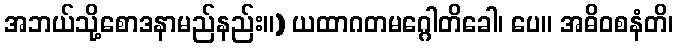
အဘယ်သို့စောဒနာမည်နည်း။) ယထာဂတမဂ္ဂေါတိခေါ၊ ပေ။ အဓိဝစနံတိ၊